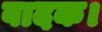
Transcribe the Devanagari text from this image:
वादक।